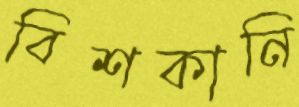
বিশকানি